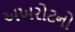
અખરોટનો